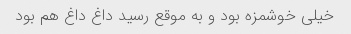
خیلی خوشمزه بود و به موقع رسید داغ داغ هم بود